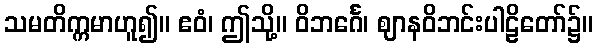
သမတိက္ကမာဟူ၍။ ဧဝံ၊ ဤသို့။ ဝိဘင်္ဂေ၊ ဈာနဝိဘင်းပါဠိတော်၌။